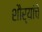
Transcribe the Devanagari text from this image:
शौर्यांचे